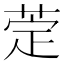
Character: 萣